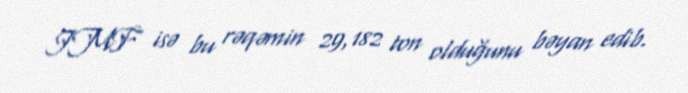
IMF isə bu rəqəmin 29,182 ton olduğunu bəyan edib.